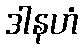
ဒါနဟံ